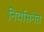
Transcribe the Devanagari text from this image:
निर्वासनेत